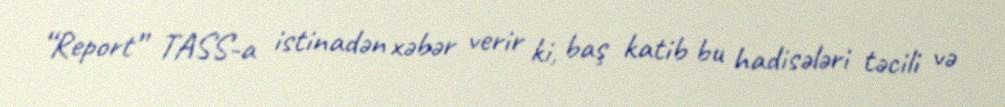
“Report” TASS-a istinadən xəbər verir ki, baş katib bu hadisələri təcili və